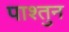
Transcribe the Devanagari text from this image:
पाश्तुन